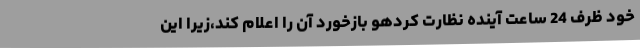
خود ظرف 24 ساعت آینده نظارت کردهو بازخورد آن را اعلام کند،زیرا این